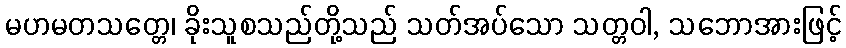
မဟမတသတ္တေ၊ ခိုးသူစသည်တို့သည် သတ်အပ်သော သတ္တဝါ, သဘောအားဖြင့်